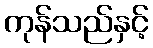
ကုန်သည်နှင့်